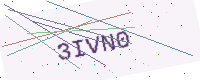
Text: 3IVN0